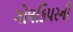
ગોલકિપરની